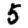
Digit: 5